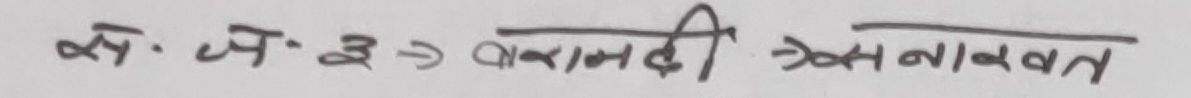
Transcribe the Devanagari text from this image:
सं. ज. इ. => वाराणसी सेवानाबंत